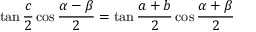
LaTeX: \tan { \frac { c } { 2 } } \cos { \frac { \alpha - \beta } { 2 } } = \tan { \frac { a + b } { 2 } } \cos { \frac { \alpha + \beta } { 2 } }